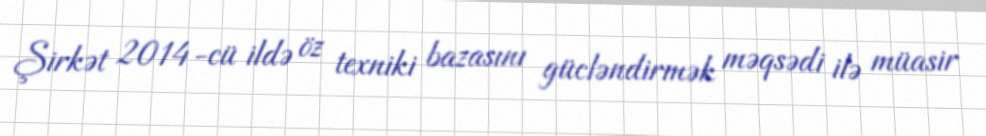
Şirkət 2014-cü ildə öz texniki bazasını gücləndirmək məqsədi ilə müasir